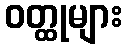
ဝတ္ထုများ